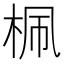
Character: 𣑲